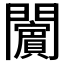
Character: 𨷚